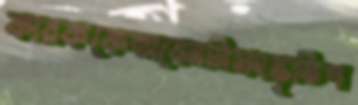
কারককেভাবেননিসংস্কৃতিপ